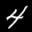
Label: 4